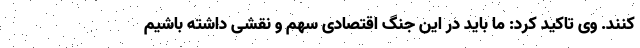
کنند. وی تاکید کرد: ما باید در این جنگ اقتصادی سهم و نقشی داشته باشیم